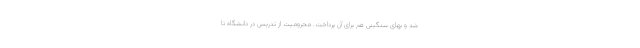
شد و بهای سنگینی هم برای آن پرداخت. محرومیت از تدریس در دانشگاه تا